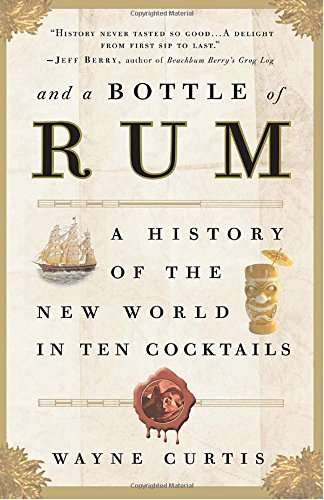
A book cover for And a Bottle of Rum: A History of the New World in Ten Cocktails; Wayne Curtis; Cookbooks, Food & Wine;